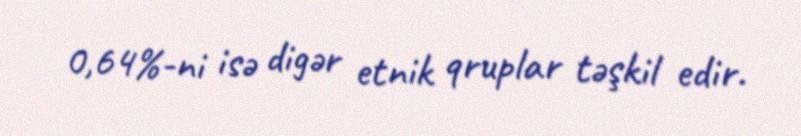
0,64%-ni isə digər etnik qruplar təşkil edir.